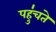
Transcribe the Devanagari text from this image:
पहु॑चते